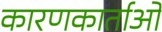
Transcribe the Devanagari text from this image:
कारणकार्ताओं